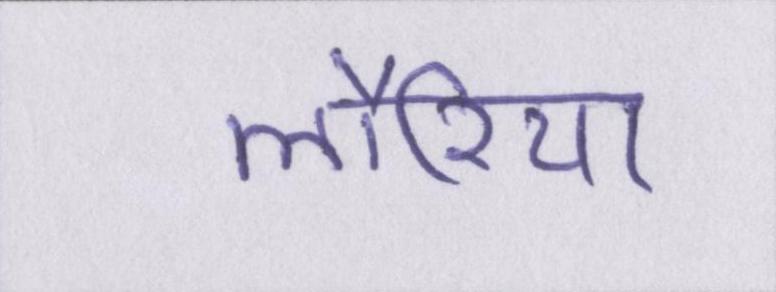
लौरिया